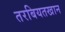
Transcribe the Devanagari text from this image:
तरबियतखान